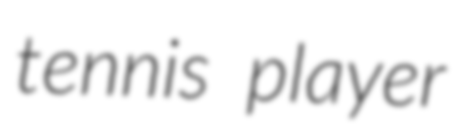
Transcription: tennis player